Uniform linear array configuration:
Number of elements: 16
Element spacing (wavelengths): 0.75
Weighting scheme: uniform
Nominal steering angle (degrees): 60
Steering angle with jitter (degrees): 61.06
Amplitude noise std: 0.05
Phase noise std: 0.05

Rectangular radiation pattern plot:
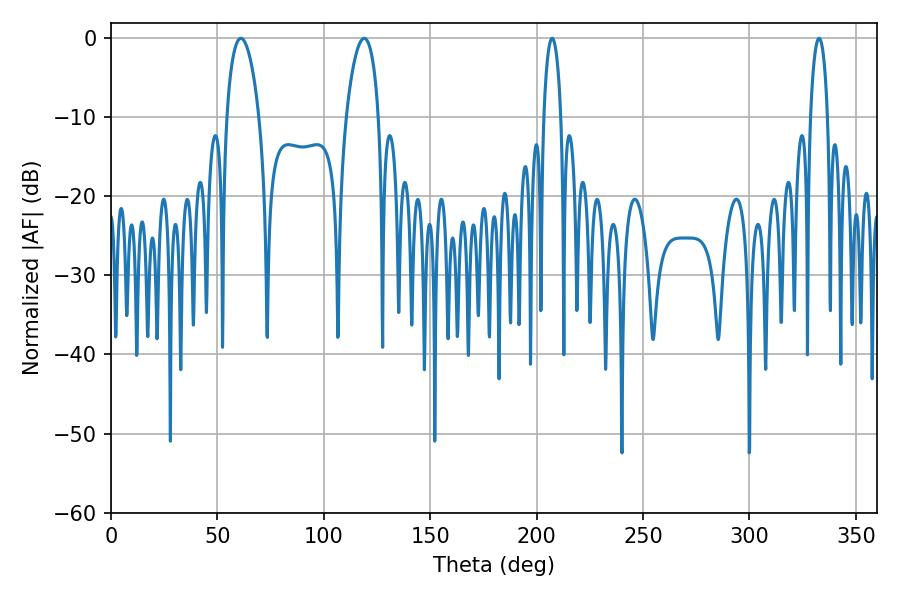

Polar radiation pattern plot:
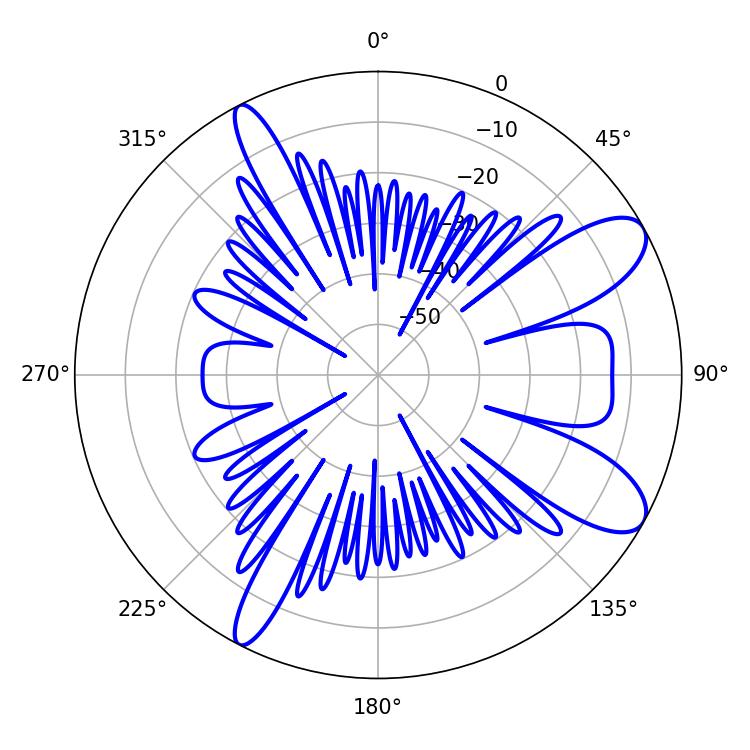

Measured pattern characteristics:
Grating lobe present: TRUE
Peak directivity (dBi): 9.656
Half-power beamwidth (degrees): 8.64
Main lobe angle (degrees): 61.02